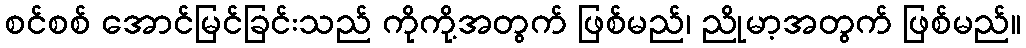
စင်စစ် အောင်မြင်ခြင်းသည် ကိုကို့အတွက် ဖြစ်မည်၊ ညိုမာ့အတွက် ဖြစ်မည်။